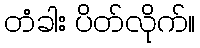
တံခါး ပိတ်လိုက်။